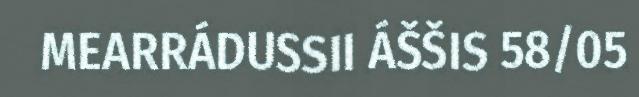
MEARRÁDUSSII ÁŠŠIS 58/05